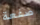
صفعة